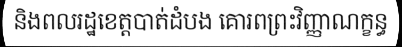
និងពលរដ្ឋខេត្តបាត់ដំបង គោរពព្រះវិញ្ញាណក្ខន្ធ